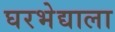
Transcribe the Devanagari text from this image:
घरभेद्याला